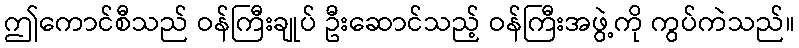
ဤကောင်စီသည် ဝန်ကြီးချုပ် ဦးဆောင်သည့် ဝန်ကြီးအဖွဲ့ကို ကွပ်ကဲသည်။